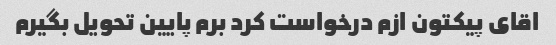
اقای پیکتون ازم درخواست کرد برم پایین تحویل بگیرم